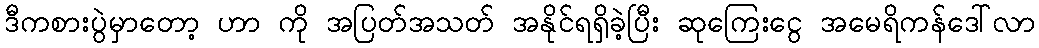
ဒီကစားပွဲမှာတော့ ဟာ ကို အပြတ်အသတ် အနိုင်ရရှိခဲ့ပြီး ဆုကြေးငွေ အမေရိကန်ဒေါ်လာ